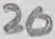
Text: 20